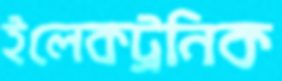
ইলেকট্রনিক